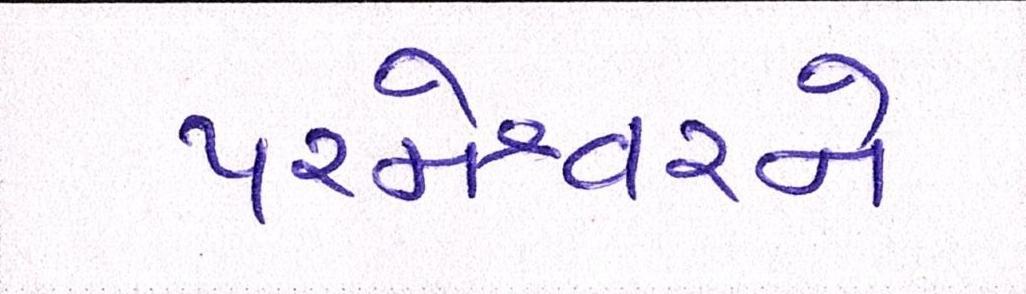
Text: પરમેશ્વરને